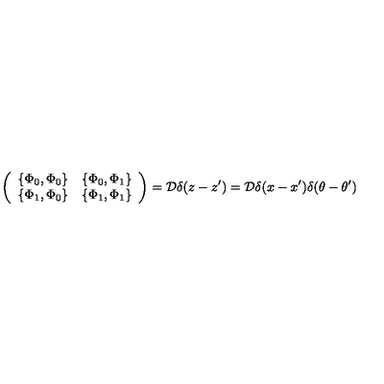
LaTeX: \left( \begin{array} { c c } { \{ \Phi _ { 0 } , \Phi _ { 0 } \} } & { \{ \Phi _ { 0 } , \Phi _ { 1 } \} } \\ { \{ \Phi _ { 1 } , \Phi _ { 0 } \} } & { \{ \Phi _ { 1 } , \Phi _ { 1 } \} } \\ \end{array} \right) = { \cal D } \delta ( z - z ^ { \prime } ) = { \cal D } \delta ( x - x ^ { \prime } ) \delta ( \theta - \theta ^ { \prime } )